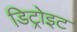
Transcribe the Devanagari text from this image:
डिट्रोइट